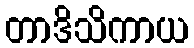
တာဒိသိကာယ